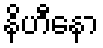
နိဟီနော